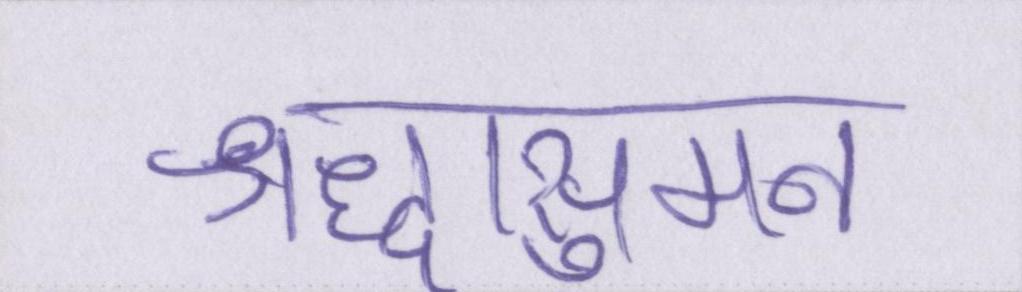
श्रद्धासुमन